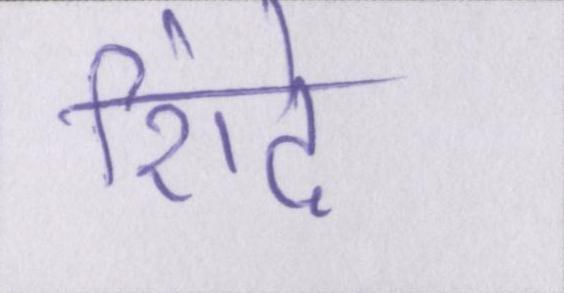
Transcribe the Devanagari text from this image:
शिंदे